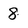
Character: 8